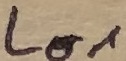
Text: LO1